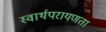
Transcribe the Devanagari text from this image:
स्वार्थपरायणता